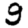
Digit: 9